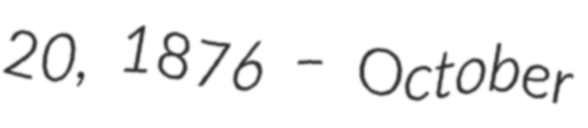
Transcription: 20, 1876 – October